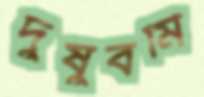
দুষুবমি